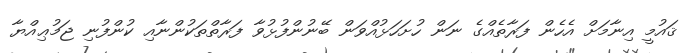
ޤައުމީ އިނާމަށް އެހެން ފަރާތެއްގެ ނަން ހުށަހަޅުއްވަން ބޭނުންފުޅުވާ ފަރާތްތަކުންނާއި ކުންފުނި ޖަމުޢިއްޔާ